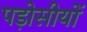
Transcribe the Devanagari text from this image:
पड़ोसीयों